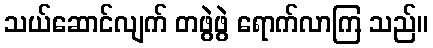
သယ်ဆောင်လျက် တဖွဲဖွဲ ရောက်လာကြ သည်။